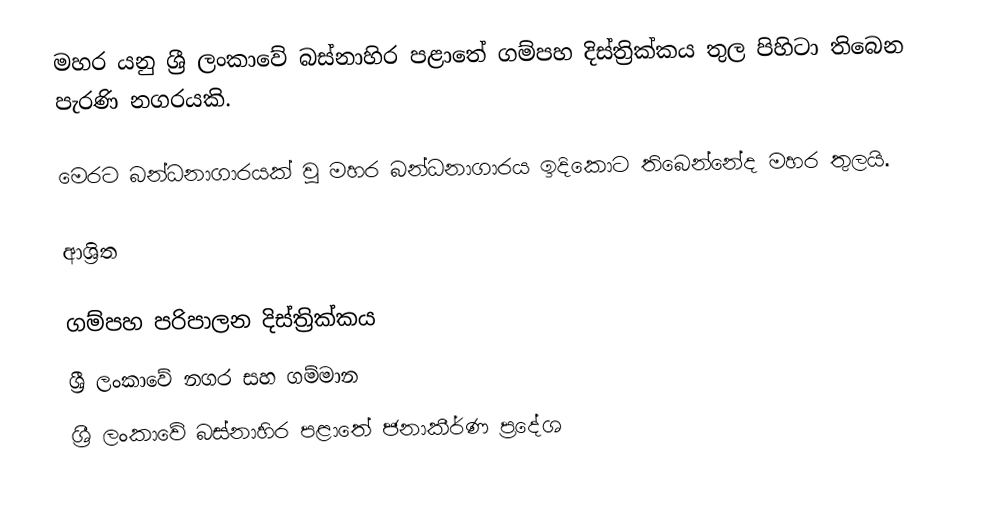
මහර යනු ශ්‍රී ලංකාවේ බස්නාහිර පළාතේ ගම්පහ දිස්ත්‍රික්කය තුල පිහිටා තිබෙන පැරණි නගරයකි.

මෙරට බන්ධනාගාරයක් වූ මහර බන්ධනාගාරය ඉදිකොට තිබෙන්නේද මහර තුලයි.

ආශ්‍රිත

ගම්පහ පරිපාලන දිස්ත්‍රික්කය
ශ්‍රී ලංකාවේ නගර සහ ගම්මාන
ශ්‍රී ලංකාවේ බස්නාහිර පළාතේ ජනාකීර්ණ ප්‍රදේශ